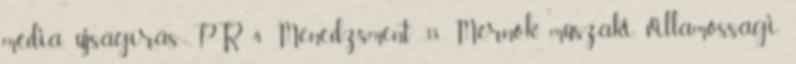
média, újságírás, PR 4 Menedzsment 38 Mérnök, műszaki, villamossági